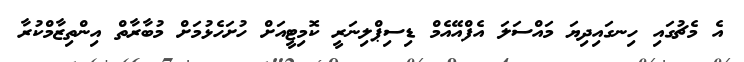
އެ މެޗުގައި ހިނގައިދިޔަ މައްސަލަ އެފްއޭއެމް ޑިސިޕްލިނަރީ ކޮމިޓީއަށް ހުށަހެޅުމަށް މުބާރާތް އިންތިޒާމްކުރާ